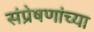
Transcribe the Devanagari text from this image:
संप्रेषणांच्या